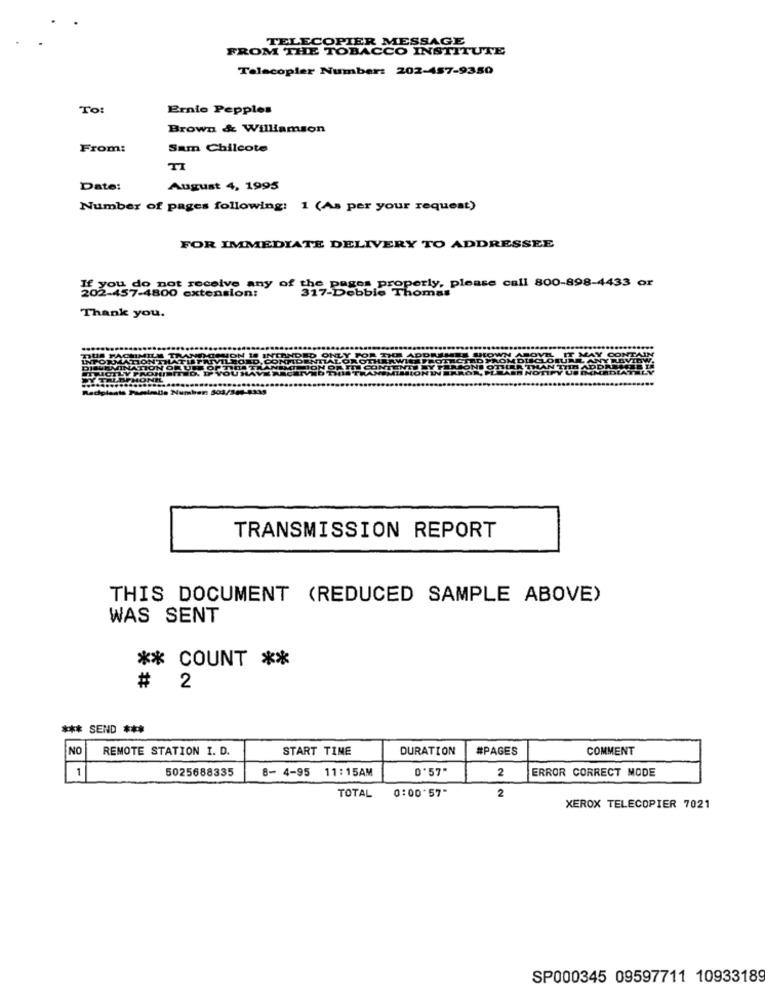
TELECOPIER MESSAGE
FROM THE TOBACCO INSTITUTE
Telecopler Number: 202-457-9350
To:
Ernie Pepples
Brown & Williamson
From:
Sam Chilcote
TI
Date:
August 4, 1995
Number of pages following: 1 (As per your request)
FOR IMMEDIATE DELIVERY TO ADDRESSEE
you do not receive any of the pages properly, please call 800-898-4433 or
202-457-4800 extension:
317-Debbie Thomas
Thank you.
TRANSMISSION REPORT
THIS DOCUMENT (REDUCED SAMPLE ABOVE)
WAS SENT
** COUNT **
# 2
*** SEND ***
NO
REMOTE STATION I. D.
START TIME
DURATION
#PAGES
COMMENT
1
5025688335
8- 4-95 11:15AM
D'57"
ERROR CORRECT MODE
2
TOTAL
0:00*57"
2
XEROX TELECOPIER 7021
SP000345 09597711 10933189